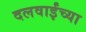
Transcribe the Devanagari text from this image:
दलवाईंच्या